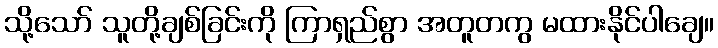
သို့သော် သူတို့ချစ်ခြင်းကို ကြာရှည်စွာ အတူတကွ မထားနိုင်ပါချေ။